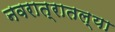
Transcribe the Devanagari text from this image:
नवरात्रातल्या